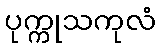
ပုက္ကုသကုလံ